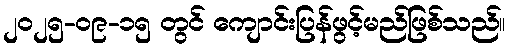
၂၀၂၅-၀၉-၁၅ တွင် ကျောင်းပြန်ဖွင့်မည်ဖြစ်သည်။